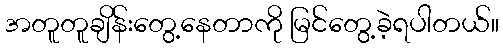
အတူတူချိန်းတွေ့နေတာကို မြင်တွေ့ခဲ့ရပါတယ်။